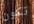
تكون